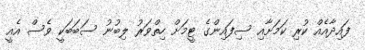
ފައިދާއެއް ކުރި ކަމަށާއި ސިފައިންގެ ޓީމަށް ހިތްވަރު ލިބުނު ސަބަބަކީ ވެސް އެއީ